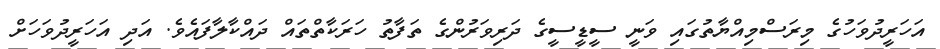
އަހަރީދުވަހުގެ މިރަސްމިއްޔާތުގައި ވަނީ ސީޑީސީގެ ދަރިވަރުންގެ ތަފާތު ހަރަކާތްތައް ދައްކާލާފައެވެ. އަދި އަހަރީދުވަހަށް